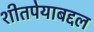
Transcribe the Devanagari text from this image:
शीतपेयाबद्दल